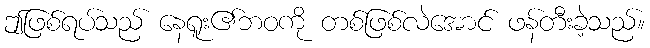
ဤဖြစ်ရပ်သည် နေရူး၏ဘဝကို တစ်ဖြစ်လဲအောင် ဖန်တီးခဲ့သည်။